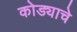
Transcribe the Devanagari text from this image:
कोड्याचे